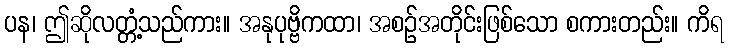
ပန၊ ဤဆိုလတ္တံ့သည်ကား။ အနုပုဗ္ဗိကထာ၊ အစဉ်အတိုင်းဖြစ်သော စကားတည်း။ ကိရ